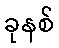
ခုနစ်